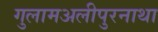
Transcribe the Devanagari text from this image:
गुलामअलीपुरनाथा